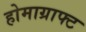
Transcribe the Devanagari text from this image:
होमाग्राफ्ट